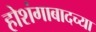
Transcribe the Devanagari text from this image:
होशंगाबादच्या